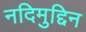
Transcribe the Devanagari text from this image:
नदिमुद्दिन